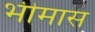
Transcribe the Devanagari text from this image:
भीमास